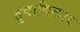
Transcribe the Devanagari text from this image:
तृषाविकार